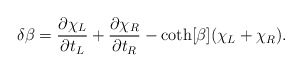
\begin{align*}\delta \beta=\frac{\partial \chi _L}{\partial t_L}+\frac{\partial \chi _R}{\partial t_R}-\coth [\beta ](\chi _L+\chi _R).\end{align*}